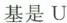
基是U